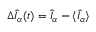
\Delta \hat { I } _ { \alpha } ( t ) = \hat { I } _ { \alpha } - \langle \hat { I } _ { \alpha } \rangle